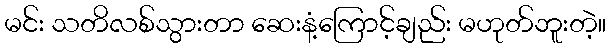
မင်း သတိလစ်သွားတာ ဆေးနံ့ကြောင့်ချည်း မဟုတ်ဘူးတဲ့။